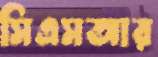
সিএসআর